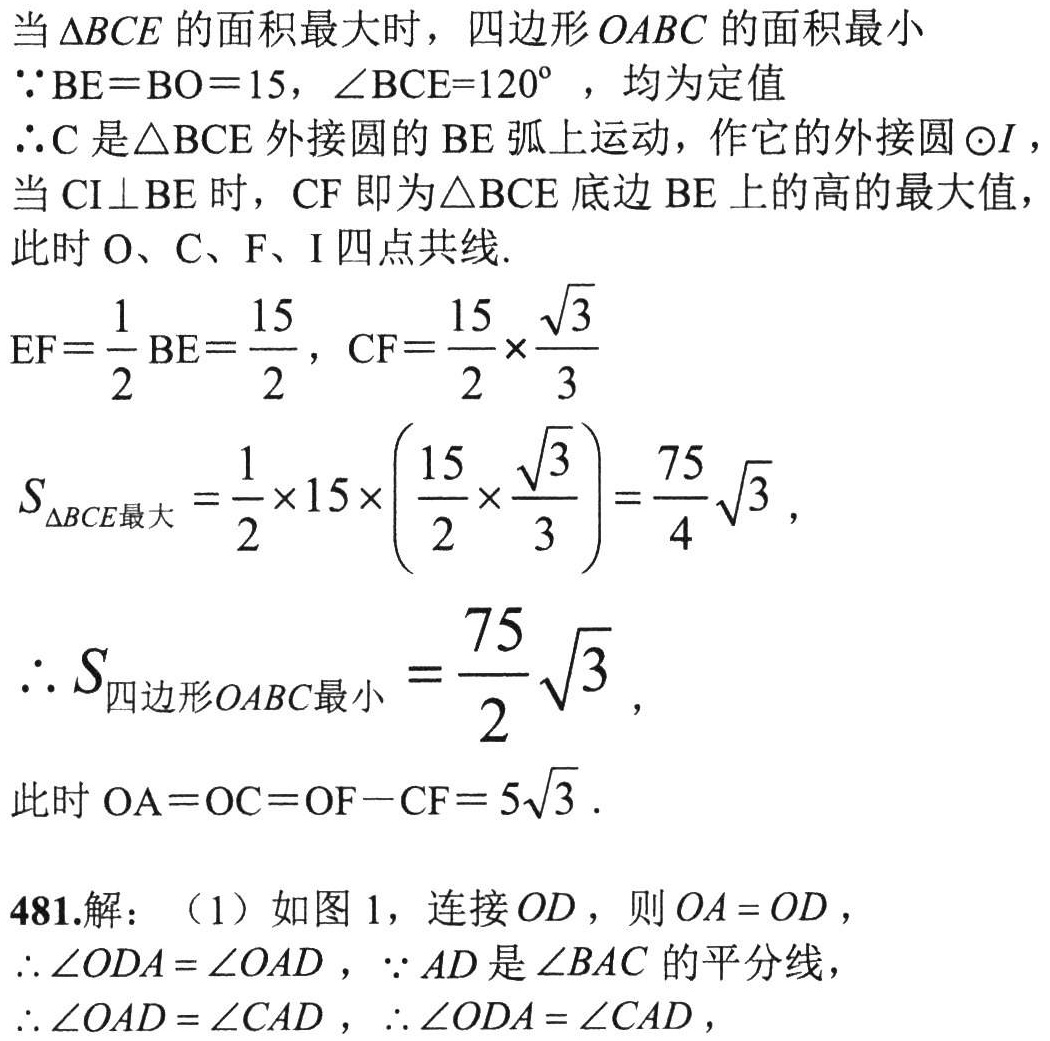
当\(\triangle BCE\)的面积最大时，四边形\(OABC\)的面积最小
\(\because BE = BO = 15\)，\(\angle BCE = 120^{\circ}\)，均为定值
\(\therefore C\)是\(\triangle BCE\)外接圆的\(BE\)弧上运动，作它的外接圆\(\odot I\)，
当\(CI\perp BE\)时，\(CF\)即为\(\triangle BCE\)底边\(BE\)上的高的最大值，
此时\(O\)、\(C\)、\(F\)、\(I\)四点共线.
\(EF=\frac{1}{2}BE = \frac{15}{2}\)，\(CF=\frac{15}{2}\times\frac{\sqrt{3}}{3}\)
\(S_{\triangle BCE最大}=\frac{1}{2}\times 15\times\left(\frac{15}{2}\times\frac{\sqrt{3}}{3}\right)=\frac{75}{4}\sqrt{3}\)，
\(\therefore S_{四边形OABC最小}=\frac{75}{2}\sqrt{3}\)，
此时\(OA = OC = OF - CF = 5\sqrt{3}\).
481.解：（1）如图1，连接\(OD\)，则\(OA = OD\)，
\(\therefore\angle ODA=\angle OAD\)，\(\because AD\)是\(\angle BAC\)的平分线，
\(\therefore\angle OAD=\angle CAD\)，\(\therefore\angle ODA=\angle CAD\)，